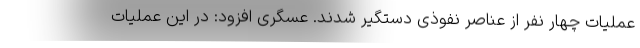
عملیات چهار نفر از عناصر نفوذی دستگیر شدند. عسگری افزود: در این عملیات